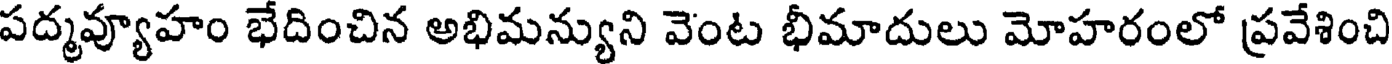
పద్మవ్యూహం భేదించిన అభిమన్యుని వెంట భీమాదులు మోహరంలో ప్రవేశించి